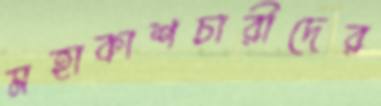
মহাকাশচারীদের